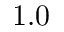
1 . 0